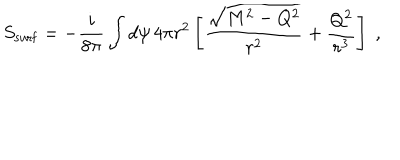
LaTeX: S _ { \mathrm { s u r f } } = - { \frac { i } { 8 \pi } } \int d \psi \, 4 \pi r ^ { 2 } \left[ { \frac { \sqrt { M ^ { 2 } - Q ^ { 2 } } } { r ^ { 2 } } } + { \frac { Q ^ { 2 } } { r ^ { 3 } } } \right] \; ,